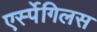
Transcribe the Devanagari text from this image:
एर्स्पेगिलस